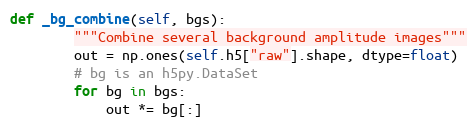
Language: Python
def _bg_combine(self, bgs):
        """Combine several background amplitude images"""
        out = np.ones(self.h5["raw"].shape, dtype=float)
        # bg is an h5py.DataSet
        for bg in bgs:
            out *= bg[:]